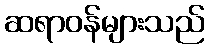
ဆရာဝန်များသည်